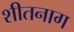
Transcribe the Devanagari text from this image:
शीतनाग